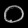
Digit: ၀